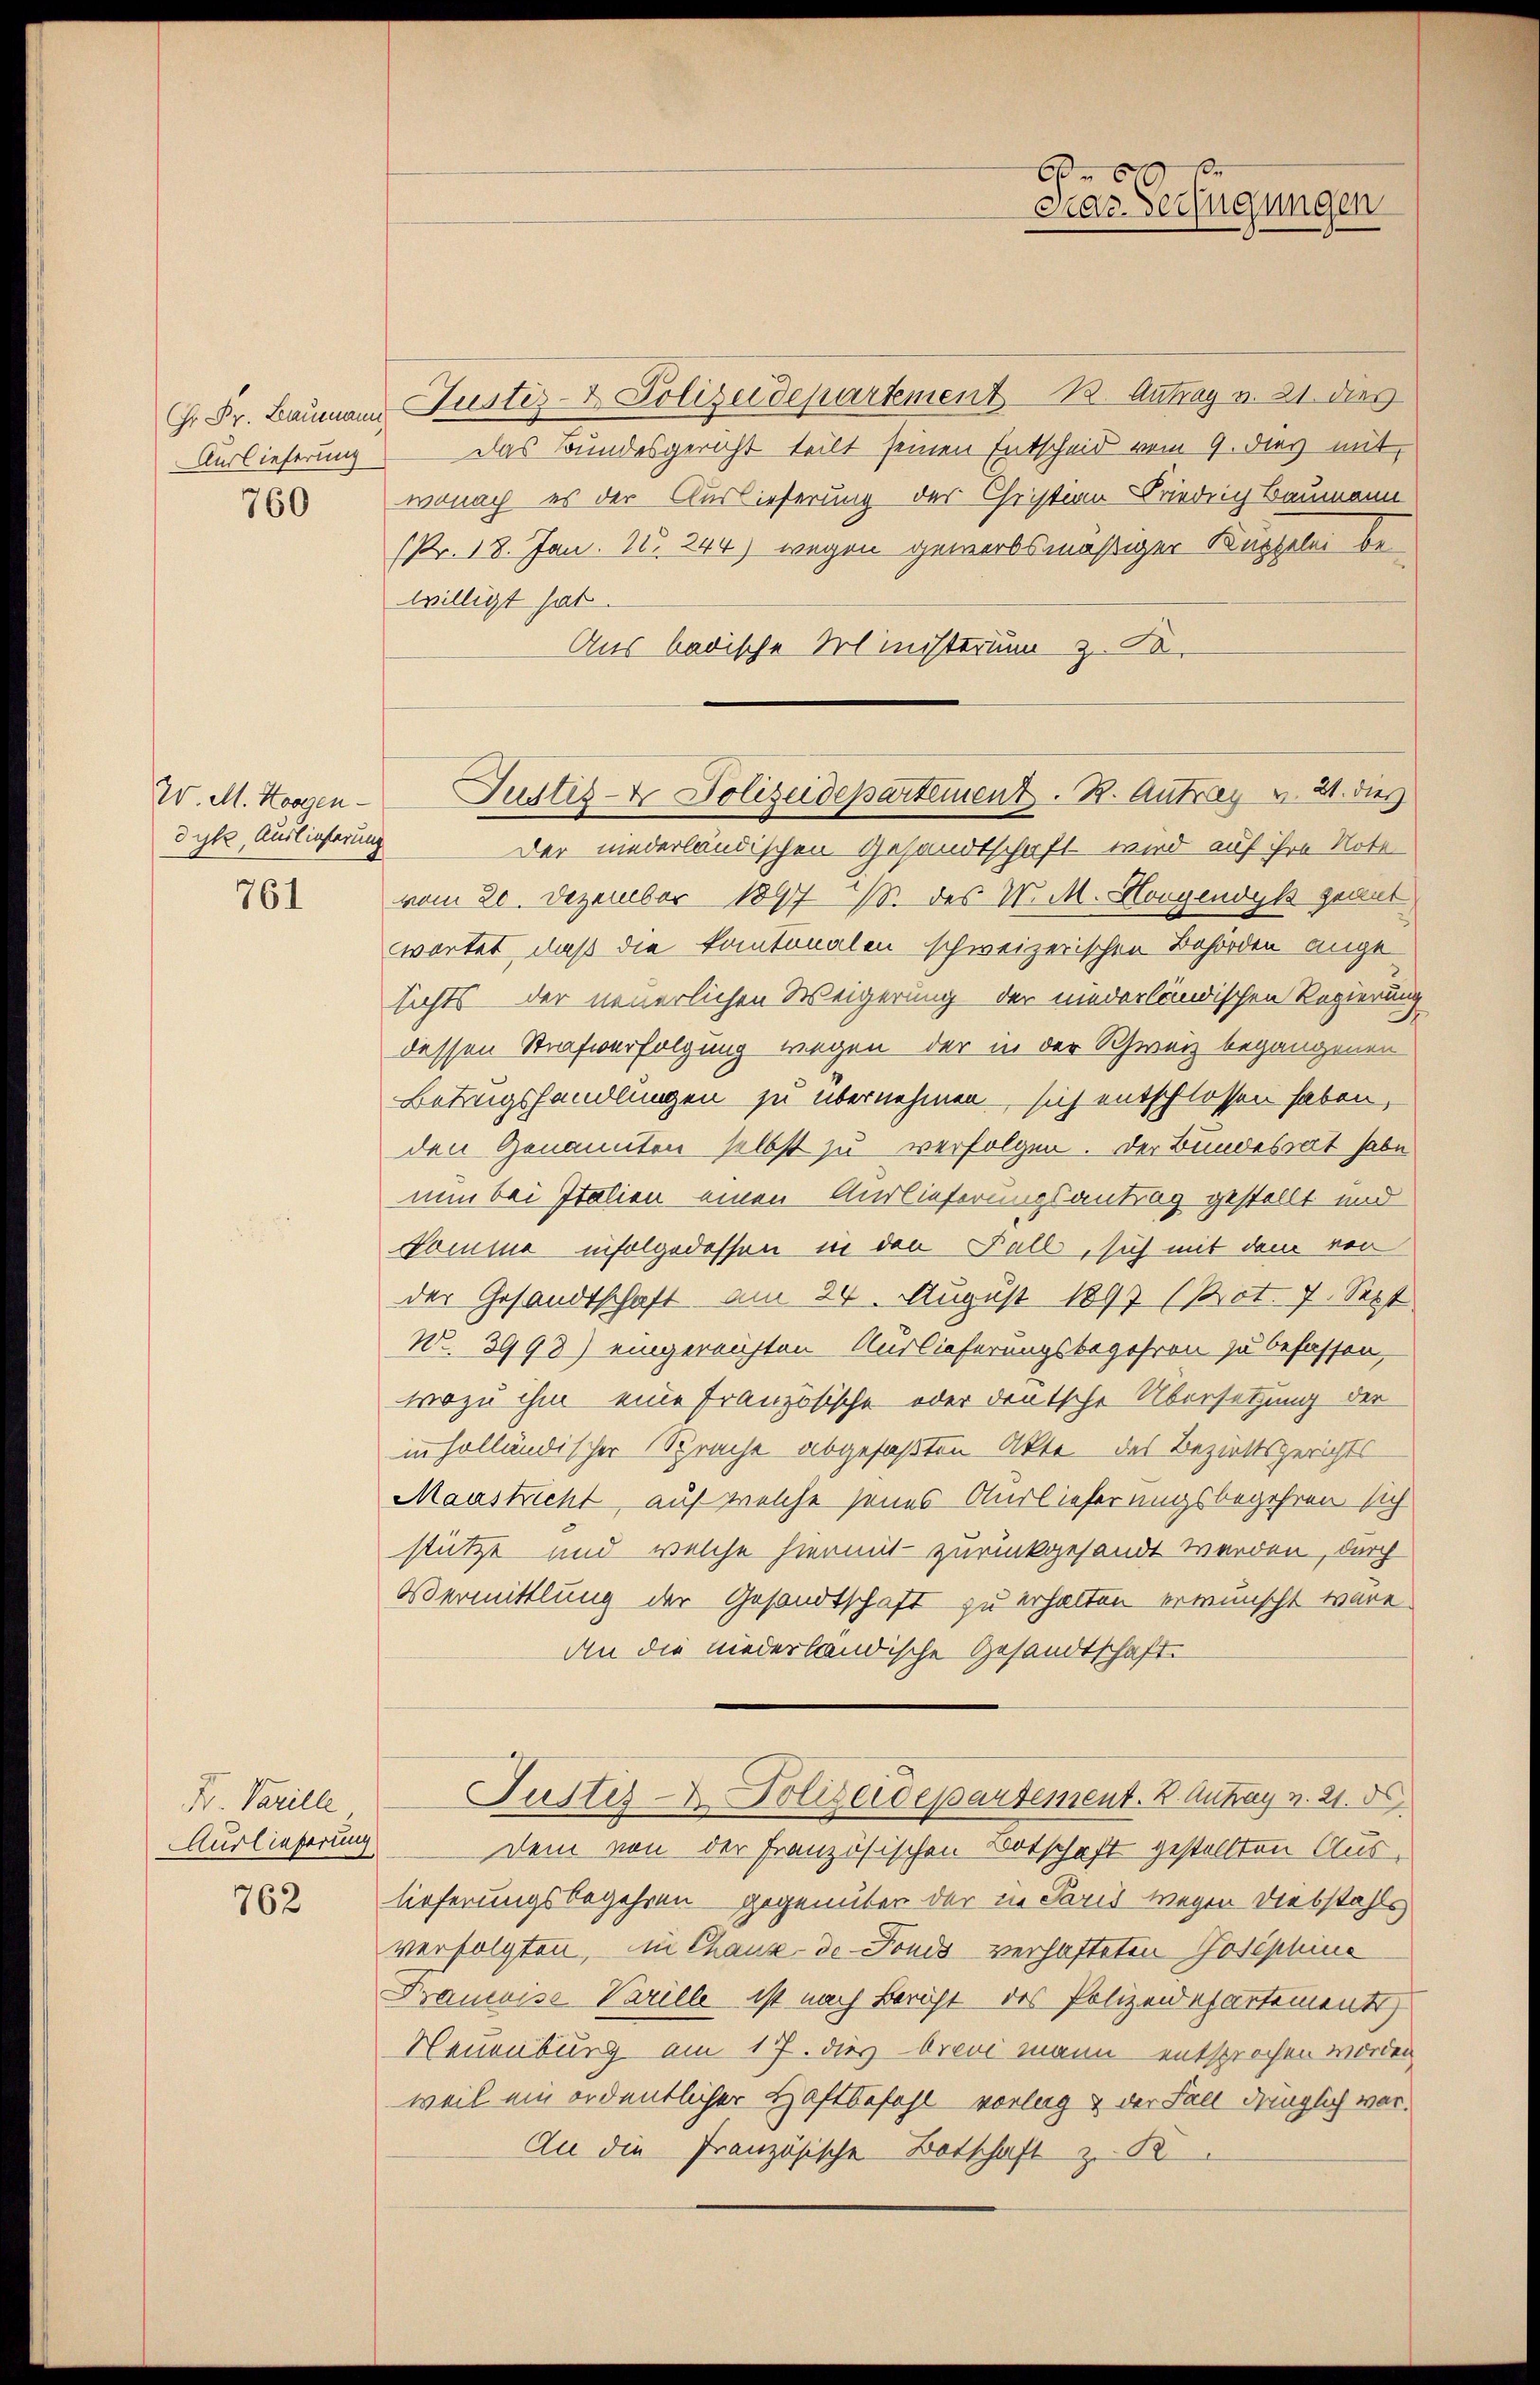
Auslieferung

W. M. Horgen
dyk, Auslieferung
761

Fr. Varille
Auslieferung

762

Hr. Fr. Baumann Justiz- & Polizeidepartement 12. Antrag v. 21. dies
Das Bundesgericht teilt seinen Entscheid vom 9. dies mit
766 wonach es der Auslieferung der Christian Friedrig Baumann
(Nr. 18. Jan. 1. 244) wegen gewerbsmäßiger Kuppelei be
willigt hat.
Aus badische Ministerium z. So-

b
Das Verfügungen

Justiz- & Polizeidepartement. B. Antrag v. 21. dies

Der niederländischen Gesandtschaft wird auf ihre Note
vom 20. Dezember 1897 u. des W. M. Horgendyk geantwortet, daß die kantonalen schweizerischen Behörden ange
sichts der neuerlichen Weigerung der niederländischen Regierung
dessen Strafverfolgung wegen der in der Schweiz begangenen
Betrugshandlungen zu übernehmen, sich entschlossen haben,
den Genannten selbst zu verfolgen. Der Bundesrat habe
nun bei Italien einen Auslieferungsantrag gestellt und
komme infolgedessen in den Fall, sich mit dem von
der Gesandtschaft am 24. August 1897 (Prot. 7. Sept.
No. 3998) eingereichten Auslieferungsbegehren zu befassen,
wozu ihm eine Französische oder deutsche Übersetzung der
in holländischer Sprache abgefaßten Akte des Beziehtsgerichts
Maustricht, auf welche jenes Auslieferungsbegehren sich
stützt und welche hiermit zurückgesandt werden, durch
Vermittlung der Gesandtschaft zu erhalten erwünscht wäre
An die niederländische Gesandtschaft.
Justiz- & Polizeidepartement. K. Antrag v. 21. d
dem von der Französischen Botschaft gestellten Auslieferungsbegehren gegenüber der in Paris wegen Diebstahls
verfolgten, in Chaux de Fonds verhafteten Josephine
Pramoise Varille ist nach Bericht des Polizeidepartements
Neuenburg am 17. dies - Arcoi mann entsprochen worden
weil ein ordentlicher Haftbefehl vorlag & der Fall dringlich ver¬
An die Französische Botschaft zu R